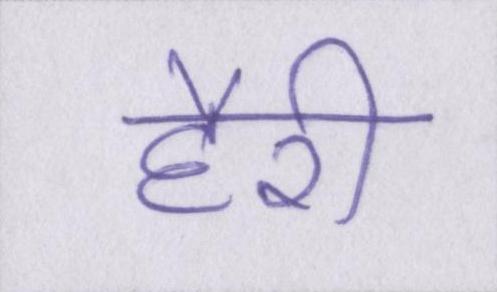
हैरी